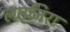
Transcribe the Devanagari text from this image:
लत्‌जिरा